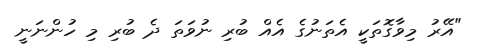
"އޭރު މިވާގޮތަކީ އެތަނުގެ އެއް ބުރި ނުވަތަ ދެ ބުރި މި ހުންނަނީ